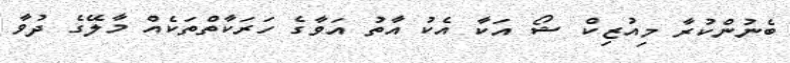
ބެނުންކުރާ މިއުޒިކް ޝޯ އަކާ އެކު އާތު އަވާގެ ހަރަކާތްތަކެއް މާލޭގެ ދުވާ